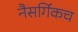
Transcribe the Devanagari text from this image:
नैसर्गिकच